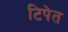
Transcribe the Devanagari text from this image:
टिपेत